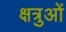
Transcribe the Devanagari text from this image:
क्षत्रुओं